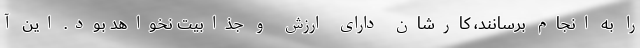
را به انجام برسانند، کارشان دارای ارزش و جذابیت نخواهد بود. این آ